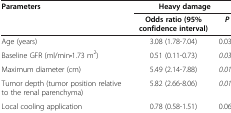
<table><thead><tr><td rowspan="2"><b>Parameters</b></td><td colspan="2"><b>Heavy damage</b></td></tr><tr><td><b>Odds ratio (95% confidence interval)</b></td><td><b><i>P</i></b></td></tr></thead><tbody><tr><td>Age (years)</td><td>3.08 (1.78-7.04)</td><td>0.037</td></tr><tr><td>Baseline GFR (ml/min•1.73 m<sup>2</sup>)</td><td>0.51 (0.11-0.73)</td><td><i>0.033</i></td></tr><tr><td>Maximum diameter (cm)</td><td>5.49 (2.14-7.88)</td><td><i>0.012</i></td></tr><tr><td>Tumor depth (tumor position relative to the renal parenchyma)</td><td>5.82 (2.66-8.06)</td><td><i>0.010</i></td></tr><tr><td>Local cooling application</td><td>0.78 (0.58-1.51)</td><td>0.061</td></tr></tbody></table>